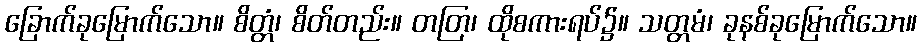
ခြောက်ခုမြောက်သော။ စိတ္တံ၊ စိတ်တည်း။ တတြ၊ ထိုစကားရပ်၌။ သတ္တမံ၊ ခုနစ်ခုမြောက်သော။